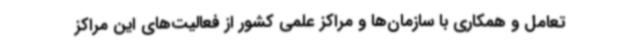
تعامل و همکاری با سازمان‌ها و مراکز علمی کشور از فعالیت‌های این مراکز